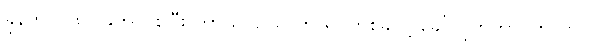
ခုနက (၁၈) ခုကိုပဲ စွဲပြီး ကာယဝိညတ်ကို ရုပ်တစ်ခုလို့ ခေါ်လိုက်တာ၊ ကလာပ်